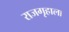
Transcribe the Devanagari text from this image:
राजगृहाला